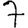
Digit: 7